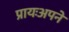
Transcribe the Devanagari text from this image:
प्रायःअपने